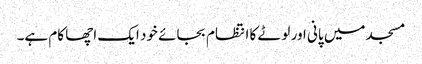
مسجد میں پانی اور لوٹے کا انتظام بجائے خود ایک اچھا کام ہے۔